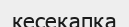
кесеқапқа